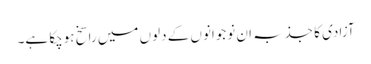
آزادی کا جذبہ ان نوجوانوں کے دلوں میں راسخ ہوچکا ہے۔